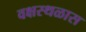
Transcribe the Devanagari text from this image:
वक्षस्थळास